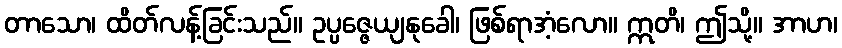
တာသော၊ ထိတ်လန့်ခြင်းသည်။ ဥပ္ပဇ္ဇေယျနုခေါ၊ ဖြစ်ရာအံ့လော။ ဣတိ၊ ဤသို့။ အာဟ၊